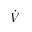
\dot { V }